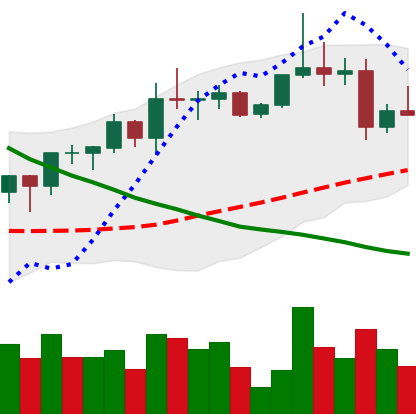
Ticker: XRP-USD
Chart end date: 2022-04-02
Forward return: -4.476%
Label: down_3_5